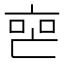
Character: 𬽐